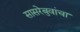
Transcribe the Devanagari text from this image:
सासरेबुवांचा